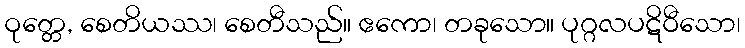
ဝုတ္တေ, စေတိယဿ၊ စေတီသည်။ ဧကော၊ တခုသော။ ပုဂ္ဂလပဋိဝီသော၊